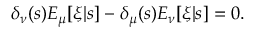
\delta _ { \nu } ( s ) E _ { \mu } [ \xi | s ] - \delta _ { \mu } ( s ) E _ { \nu } [ \xi | s ] = 0 .